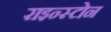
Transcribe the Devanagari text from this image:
राइन्स्टोन